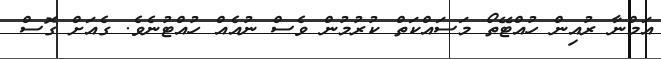
އަމްނާ ރުއިން ހުއްޓޭތޯ މަސައްކަތް ކުރުމުން ވެސް ނުއެއް ހުއްޓުނެވެ. ގެއަށް ގޮސް